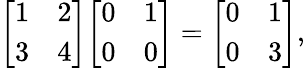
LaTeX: {\left[\begin{array}{ll}{1}&{2}\\ {3}&{4}\end{array}\right]}{\left[\begin{array}{ll}{0}&{1}\\ {0}&{0}\end{array}\right]}={\left[\begin{array}{ll}{0}&{1}\\ {0}&{3}\end{array}\right]},